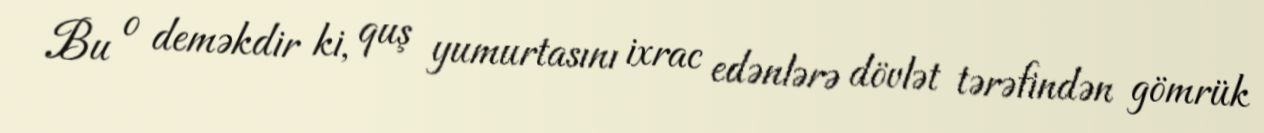
Bu o deməkdir ki, quş yumurtasını ixrac edənlərə dövlət tərəfindən gömrük